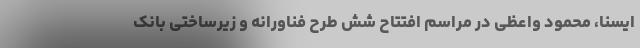
ایسنا، محمود واعظی در مراسم افتتاح شش طرح فناورانه و زیرساختی بانک